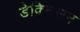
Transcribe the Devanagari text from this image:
डेकिनसन